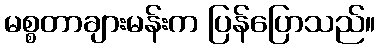
မစ္စတာချားမန်းက ပြန်ပြောသည်။